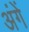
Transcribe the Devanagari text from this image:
अंगें